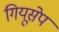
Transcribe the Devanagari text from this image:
गियूसेप